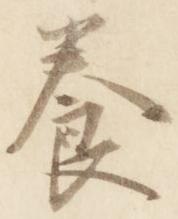
養